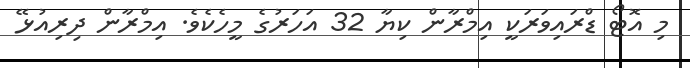
މި އޮޓޯ ޑްރައިވަރަކީ އިމްރާން ކިޔާ 32 އަހަރުގެ މީހެކެވެ. އިމްރާން ދިރިއުޅޭ